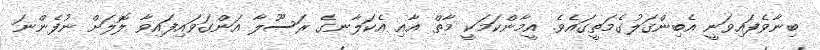
ބިނާވެފައިވަނީ އެބިންގަލުގެމަތީގައެވެ. އީމާންކަމަކީ މާތް އާއި އެކަލާނގެ ރަސޫލާ އަންގަވައިފައިވާ ލޮލަށް ނުފެންނަ